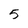
Character: 5